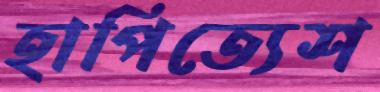
হাপিত্যেশ